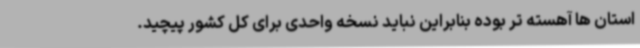
استان ها آهسته تر بوده بنابراین نباید نسخه واحدی برای کل کشور پیچید.